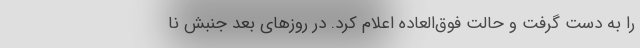
را به دست گرفت و حالت فوق‌العاده اعلام کرد. در روزهای بعد جنبش نا